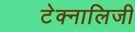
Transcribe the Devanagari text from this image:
टेक्नालिजी